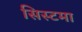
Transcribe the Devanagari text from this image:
सिस्टमा